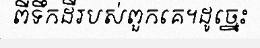
ពីទឹកដីរបស់ពួកគេ។ដូច្នេះ